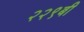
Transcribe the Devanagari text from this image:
२२९बी